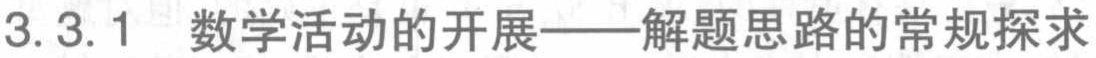
3.3.1 数学活动的开展——解题思路的常规探求